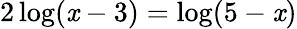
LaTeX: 2\log(\mathit{x}-3)=\log(5-\mathit{x})